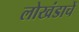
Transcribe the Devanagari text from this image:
लोखंडाचें